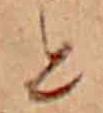
と